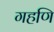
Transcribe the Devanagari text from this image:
गहणि